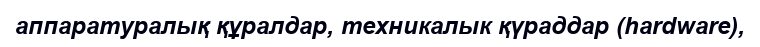
аппаратуралық құралдар, техникалык қүраддар (hardware),